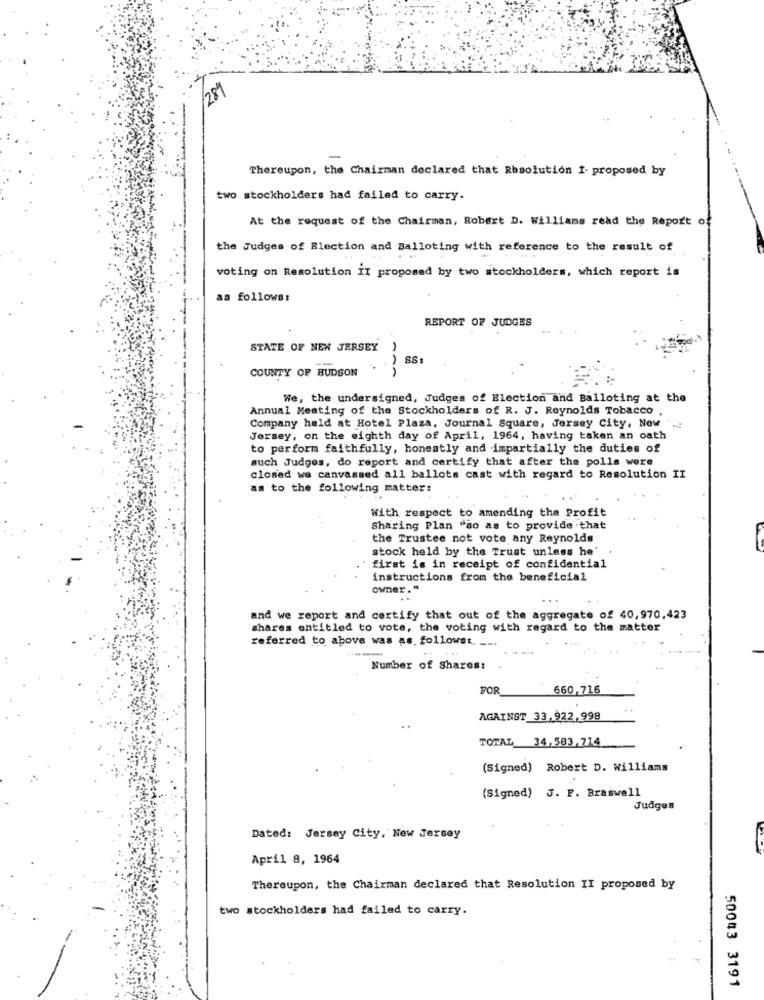
/289
-
Thereupon, the Chairman declared that Rbsolution 1. proposed by
two stockholders had failed to carry.
At the request of the Chairman, Robert D. Williams read the Report of
the Judges of Blection and Balloting with reference to the result of
voting on Resolution II proposed by two stockholders, which report is
as follows:
REPORT OF JUDGES
STATE OF NEW JERSEY
COUNTY OF HUDSON
We, the undersigned, Judges of Election and Balloting at the
Annual Meeting of the Stockholders of R. J. Reynolds Tobacco
Company held at Hotel Plaza, Journal Square, Jersey City, Now
Jersey, on the eighth day of April, 1964, having taken an oath
to perform faithfully, honestly and impartially the duties of
such Judges, do report and certify that after the polls were
closed we canvassed all ballots cast with regard to Resolution II
as to the following matter:
With respect to amending the Profit
Sharing Plan "so as to provide that
the Trustee not vote any Reynolds
stock held by the Trust unless he'
first is in receipt of confidential
instructions from the beneficial
owner."
and we report and certify that out of the aggregate of 40,970,423
shares entitled to vote, the voting with regard to the matter
referred to above was as followss. ...
Number of Shares:
FOR
660,716
AGAINST 33,922,998
TOTAL 34,583,714
(Signed) Robert D. Williams
(Signed) 5. P. Braswell
Judges
Dated: Jersey City, New Jersey
April 8, 1964
Thereupon, the Chairman declared that Resolution II proposed by
two stockholders had failed to carry.
50043 3191